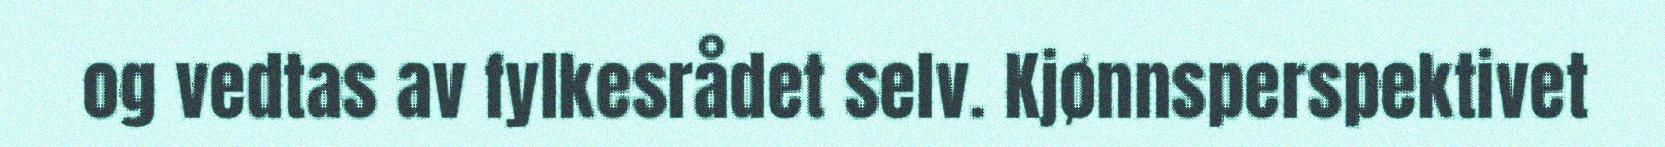
og vedtas av fylkesrådet selv. Kjønnsperspektivet